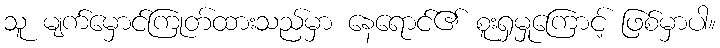
သူ မျက်မှောင်ကြုတ်ထားသည်မှာ နေရောင်၏ စူးရှမှုကြောင့် ဖြစ်မှာပါ။